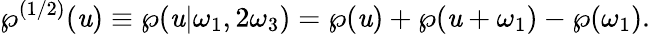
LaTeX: \wp^{(1/2)}(\mathit{u})\equiv\wp(\mathit{u}|\omega_{1},2\omega_{3})=\wp(\mathit{u})+\wp(\mathit{u}+\omega_{1})-\wp(\omega_{1}).